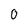
Character: O